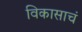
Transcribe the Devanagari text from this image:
विकासाचं